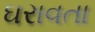
ઘરાવતા